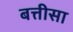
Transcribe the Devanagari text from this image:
बत्तीसा